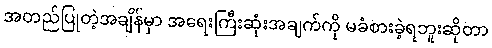
အတည်ပြုတဲ့အချိန်မှာ အရေးကြီးဆုံးအချက်ကို မခံစားခဲ့ရဘူးဆိုတာ